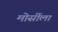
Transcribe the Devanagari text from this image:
मोर्सीला